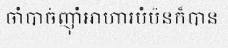
ចាំបាច់ញ៉ាំអាហារបំប៉នក៏បាន